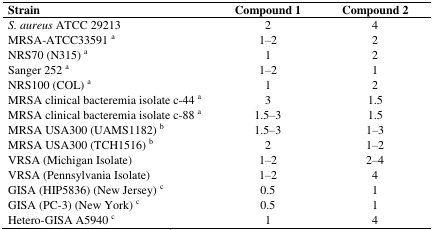
<table><thead><tr><td><b>Strain</b></td><td><b>Compound 1</b></td><td><b>Compound 2</b></td></tr></thead><tbody><tr><td><i>S. aureus</i> ATCC 29213</td><td>2</td><td>4</td></tr><tr><td>MRSA-ATCC33591 <sup>a</sup></td><td>1–2</td><td>2</td></tr><tr><td>NRS70 (N315) <sup>a</sup></td><td>1</td><td>2</td></tr><tr><td>Sanger 252 <sup>a</sup></td><td>1–2</td><td>1</td></tr><tr><td>NRS100 (COL) <sup>a</sup></td><td>1</td><td>2</td></tr><tr><td>MRSA clinical bacteremia isolate c-44 <sup>a</sup></td><td>3</td><td>1.5</td></tr><tr><td>MRSA clinical bacteremia isolate c-88 <sup>a</sup></td><td>1.5–3</td><td>1.5</td></tr><tr><td>MRSA USA300 (UAMS1182) <sup>b</sup></td><td>1.5–3</td><td>1–3</td></tr><tr><td>MRSA USA300 (TCH1516) <sup>b</sup></td><td>2</td><td>1–2</td></tr><tr><td>VRSA (Michigan Isolate)</td><td>1–2</td><td>2–4</td></tr><tr><td>VRSA (Pennsylvania Isolate)</td><td>1–2</td><td>4</td></tr><tr><td>GISA (HIP5836) (New Jersey) <sup>c</sup></td><td>0.5</td><td>1</td></tr><tr><td>GISA (PC-3) (New York) <sup>c</sup></td><td>0.5</td><td>1</td></tr><tr><td>Hetero-GISA A5940 <sup>c</sup></td><td>1</td><td>4</td></tr></tbody></table>